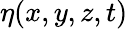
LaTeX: \eta(x,y,z,t)